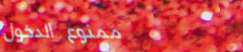
ممنوع الدخول